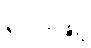
လေးဖြူ